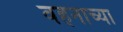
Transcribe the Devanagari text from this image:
वहनाच्या